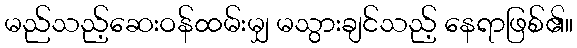
မည်သည့်ဆေးဝန်ထမ်းမျှ မသွားချင်သည့် နေရာဖြစ်၏။